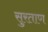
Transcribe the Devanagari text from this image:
सुरताण